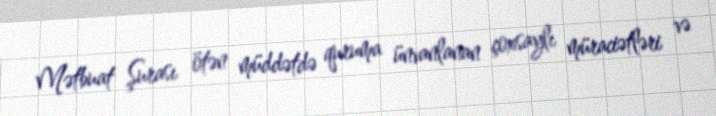
Mətbuat Şurası ötən müddətdə quruma ünvanlanan çoxsaylı müraciətləri və